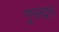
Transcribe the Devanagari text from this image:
गुगलद्वारा